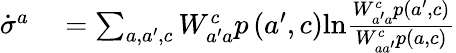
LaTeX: \begin{array}{rl}{\dot{\sigma}^{a}}&{{}=\sum_{a,a^{\prime},c}W_{a^{\prime}a}^{c}p\left(a^{\prime},c\right)\mathrm{ln}\frac{W_{a^{\prime}a}^{c}p\left(a^{\prime},c\right)}{W_{aa^{\prime}}^{c}p\left(a,c\right)}}\end{array}